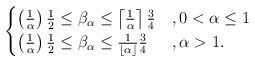
LaTeX: \begin{align*}\begin{cases} \left(\frac{1}{\alpha}\right) \frac{1}{2} \leq \beta_\alpha \leq \left\lceil{\frac{1}{\alpha}}\right\rceil \frac{3}{4}&,0<\alpha \leq 1\\ \left(\frac{1}{\alpha}\right) \frac{1}{2} \leq \beta_\alpha \leq \frac{1}{\left\lfloor\alpha\right\rfloor} \frac{3}{4}&,\alpha>1.\end{cases}\end{align*}